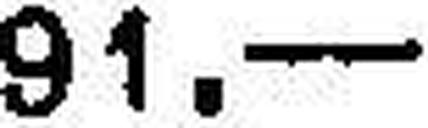
91. —